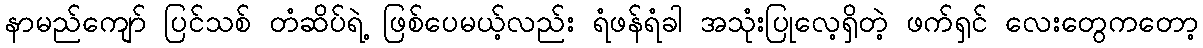
နာမည်ကျော် ပြင်သစ် တံဆိပ်ရဲ့ ဖြစ်ပေမယ့်လည်း ရံဖန်ရံခါ အသုံးပြုလေ့ရှိတဲ့ ဖက်ရှင် လေးတွေကတော့